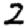
Digit: 2